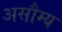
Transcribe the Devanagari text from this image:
असौम्य